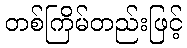
တစ်ကြိမ်တည်းဖြင့်